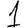
Digit: 1